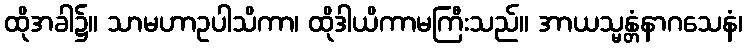
ထိုအခါ၌။ သာမဟာဥပါသိကာ၊ ထိုဒါယိကာမကြီးသည်။ အာယသ္မန္တံနာဂသေနံ၊